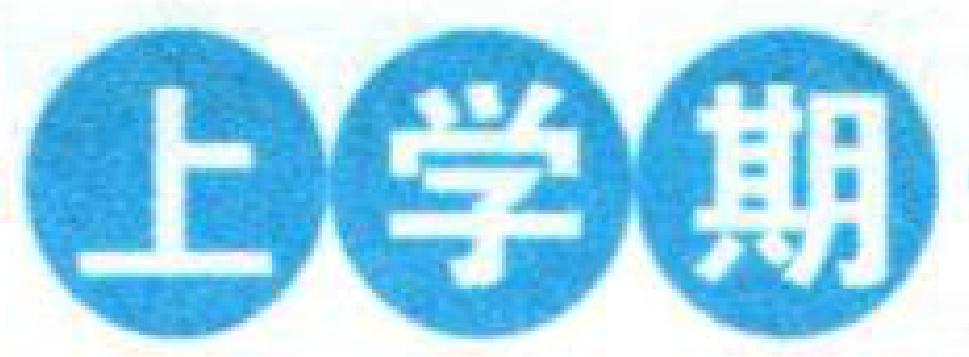
\begin{tikzpicture}
    \node[circle, fill=blue] at (0,0) {\color{white}上};
    \node[circle, fill=blue] at (2,0) {\color{white}学};
    \node[circle, fill=blue] at (4,0) {\color{white}期};
\end{tikzpicture}